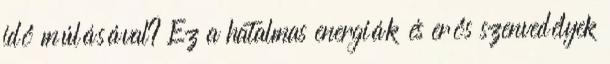
idő múlásával? Ez a hatalmas energiák és erős szenvedélyek